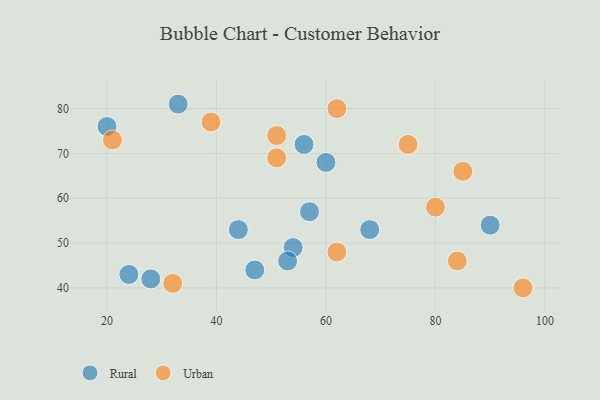
{"axis": {"x": "GDP", "y": "Life Expectancy"}, "legend": ["Rural", "Urban"], "data": [{"x": "56", "y": 72, "type": "Rural"}, {"x": "90", "y": 54, "type": "Rural"}, {"x": "60", "y": 68, "type": "Rural"}, {"x": "57", "y": 57, "type": "Rural"}, {"x": "28", "y": 42, "type": "Rural"}, {"x": "54", "y": 49, "type": "Rural"}, {"x": "47", "y": 44, "type": "Rural"}, {"x": "24", "y": 43, "type": "Rural"}, {"x": "33", "y": 81, "type": "Rural"}, {"x": "20", "y": 76, "type": "Rural"}, {"x": "44", "y": 53, "type": "Rural"}, {"x": "53", "y": 46, "type": "Rural"}, {"x": "68", "y": 53, "type": "Rural"}, {"x": "62", "y": 48, "type": "Urban"}, {"x": "96", "y": 40, "type": "Urban"}, {"x": "84", "y": 46, "type": "Urban"}, {"x": "80", "y": 58, "type": "Urban"}, {"x": "51", "y": 74, "type": "Urban"}, {"x": "75", "y": 72, "type": "Urban"}, {"x": "62", "y": 80, "type": "Urban"}, {"x": "85", "y": 66, "type": "Urban"}, {"x": "39", "y": 77, "type": "Urban"}, {"x": "21", "y": 73, "type": "Urban"}, {"x": "51", "y": 69, "type": "Urban"}, {"x": "32", "y": 41, "type": "Urban"}]}